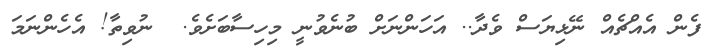
ފެން އެއްޗެއް ނޭޅިޔަސް ވެދާ.. އަހަންނަށް ބުނެވުނީ މިހިސާބަށެވެ.  ނުވިތާ! އެހެންނަމަ